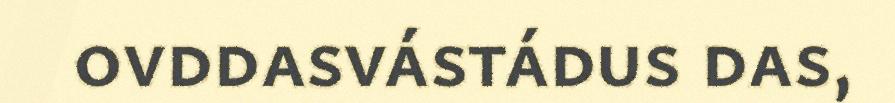
ovddasvástádus das,